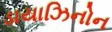
ડાયાઝિનોન